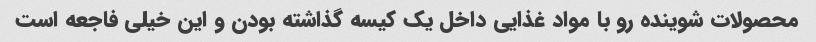
محصولات شوینده رو با مواد غذایی داخل یک کیسه گذاشته بودن و این خیلی فاجعه است